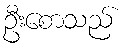
ဦးစောသည်